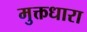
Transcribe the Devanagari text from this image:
मुक्तधारा